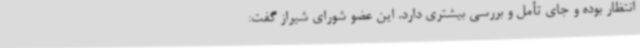
انتظار بوده و جای تأمل و بررسی بیشتری دارد. این عضو شورای شیراز گفت: